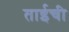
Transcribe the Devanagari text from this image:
ताईची